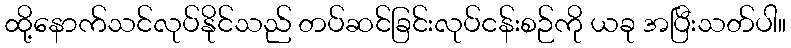
ထို့နောက်သင်လုပ်နိုင်သည် တပ်ဆင်ခြင်းလုပ်ငန်းစဉ်ကို ယခု အပြီးသတ်ပါ။